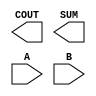
module sky130_fd_sc_ms__ha (
    COUT,
    SUM ,
    A   ,
    B
);

    output COUT;
    output SUM ;
    input  A   ;
    input  B   ;

    // Voltage supply signals
    supply1 VPWR;
    supply0 VGND;
    supply1 VPB ;
    supply0 VNB ;

endmodule